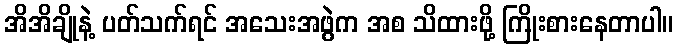
အိအိချိုနဲ့ ပတ်သက်ရင် အသေးအဖွဲက အစ သိထားဖို့ ကြိုးစားနေတာပါ။